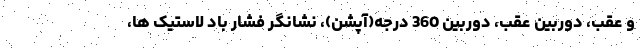
و عقب، دوربین عقب، دوربین 360 درجه(آپشن)، نشانگر فشار باد لاستیک ها،